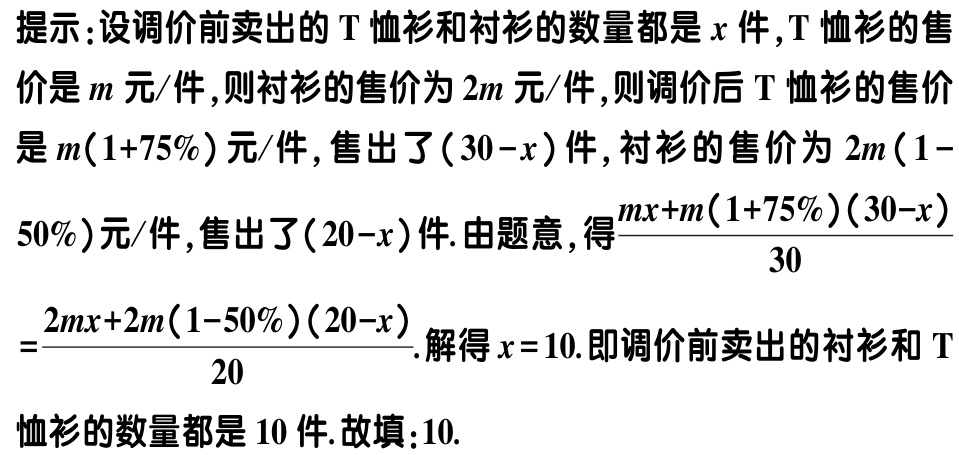
提示：设调价前卖出的T恤衫和衬衫的数量都是\(x\)件，T恤衫的售价是\(m\)元/件，则衬衫的售价为\(2m\)元/件，则调价后T恤衫的售价是\(m(1 + 75\%)\)元/件，售出了\((30 - x)\)件，衬衫的售价为\(2m(1 - 50\%)\)元/件，售出了\((20 - x)\)件. 由题意，得\(\frac{mx + m(1 + 75\%)(30 - x)}{30}=\frac{2mx + 2m(1 - 50\%)(20 - x)}{20}\). 解得\(x = 10\). 即调价前卖出的衬衫和T恤衫的数量都是\(10\)件. 故填：\(10\).